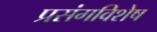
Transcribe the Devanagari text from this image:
प्रसंगविशेष